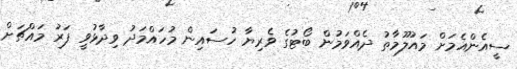
ސީއެންއެމަށް މައުލޫމާތު ދެއްވަމުން ބޯޓުގެ ވެރިޔާ ހުސައިން މުހައްމަދު ވިދާޅުވީ ފަރު މައްޗަށް